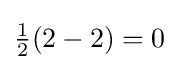
{\textstyle {\frac {1}{2}}(2-2)=0}